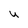
Character: U